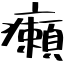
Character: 癩